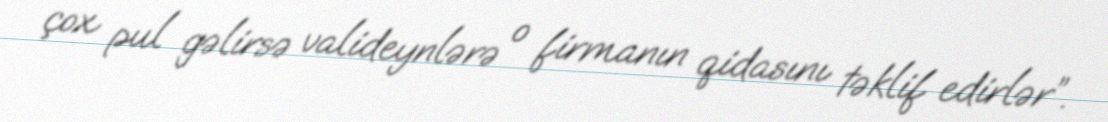
çox pul gəlirsə valideynlərə o firmanın qidasını təklif edirlər”.